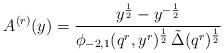
LaTeX: \begin{align*}A^{(r)}(y) = \frac{y^\frac{1}{2} - y^{-\frac{1}{2}}}{\phi_{-2,1}(q^r,y^r)^\frac{1}{2}\, \tilde\Delta(q^r)^\frac{1}{2}}\end{align*}